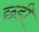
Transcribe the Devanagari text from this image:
छ्डी